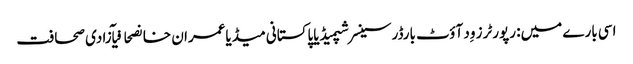
اسی بارے میں: رپورٹرز وِد آؤٹ بارڈرسینسر شپمیڈیاپاکستانی میڈیاعمران خانصحافیآزادی صحافت